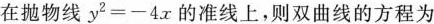
在抛物线$$y ^ { 2 } = - 4 x$$的准线上，则双曲线的方程为